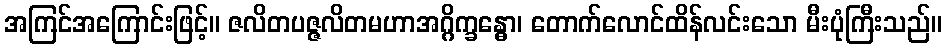
အကြင်အကြောင်းဖြင့်။ ဇလိတပဇ္ဇလိတမဟာအဂ္ဂိက္ခန္ဓော၊ တောက်လောင်ထိန်လင်းသော မီးပုံကြီးသည်။